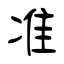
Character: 准